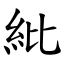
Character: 紕